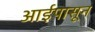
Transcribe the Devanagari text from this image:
आईपासून